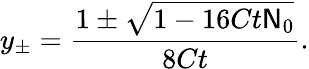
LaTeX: y_{\pm}=\frac{1\pm\sqrt{1-16Ct\mathsf{N}_{0}}}{8Ct}.